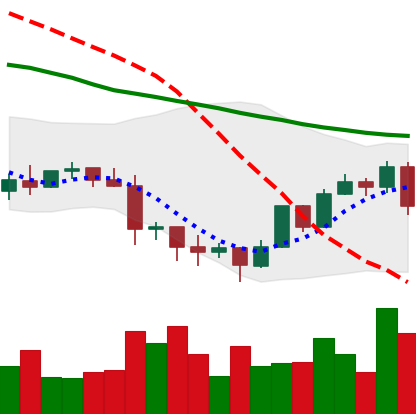
Ticker: LTC-USD
Chart end date: 2022-01-18
Forward return: -21.003%
Label: down_7plus